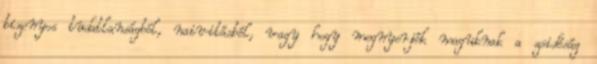
bizonyos tudatlanságból, naivitásból, vagy hogy megnyerjék maguknak a zsidóság